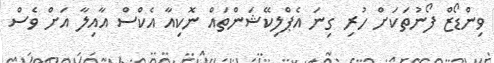
ވިންޑޯޒް ފޯނުތަކަށް ހުރި ގިނަ އެޕްލިކޭޝަންތައް ނޮކިއާ އެކްސް އާއިލާ އަށް ވެސް